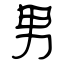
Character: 男